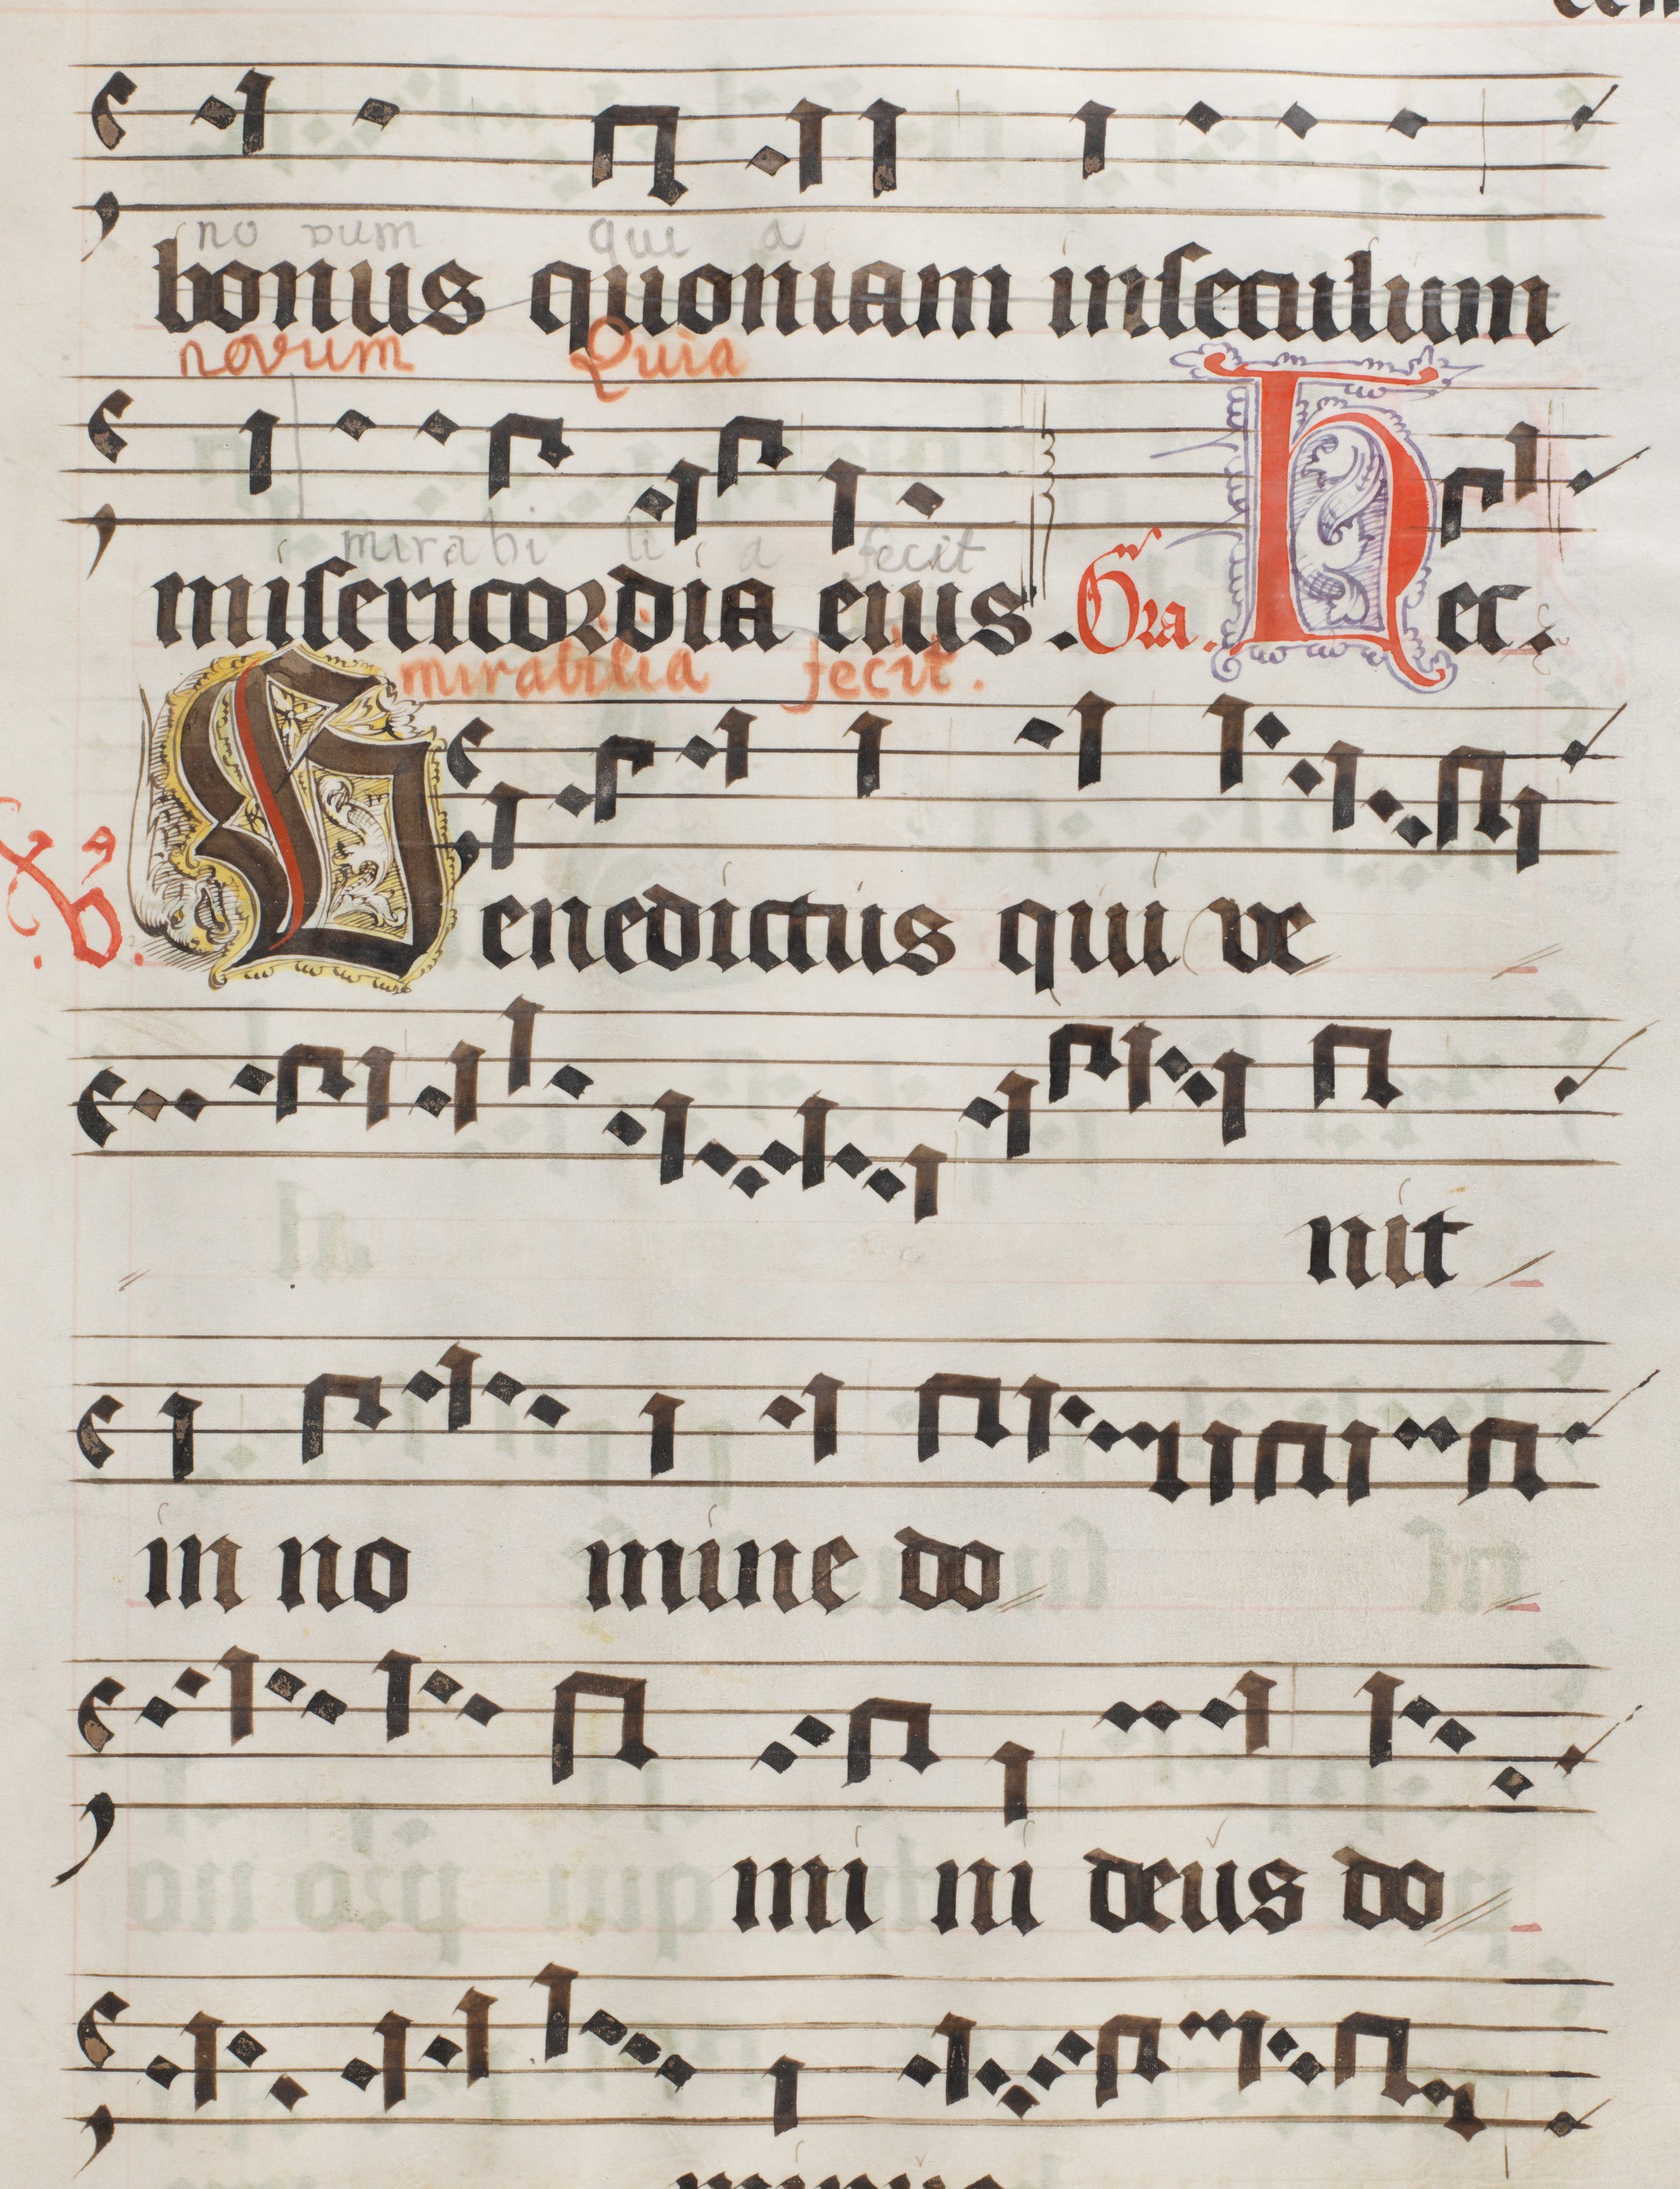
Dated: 1556–1559